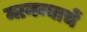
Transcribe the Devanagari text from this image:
मानव्याचें